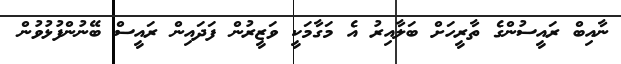
ނާއިބް ރައީސުންގެ ތާރީހަށް ބަލާއިރު އެ މަގާމަކީ ވަޒީރުން ފަދައިން ރައީސް ބޭނުންފުޅުވުން